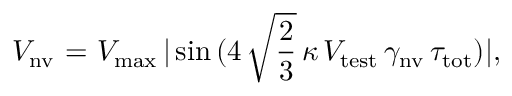
V _ { \mathrm { n v } } ~ { = } ~ V _ { \mathrm { m a x } } \, | \sin \, ( 4 \, \sqrt { \frac { 2 } { 3 } } \, \kappa \, V _ { \mathrm { t e s t } } \, \gamma _ { \mathrm { n v } } \, \tau _ { \mathrm { t o t } } ) | ,